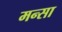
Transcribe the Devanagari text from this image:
मन्सा